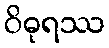
ဝိဓုရဿ